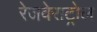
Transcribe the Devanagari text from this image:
रेजवेराट्रोल